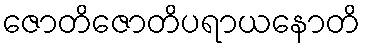
ဇောတိဇောတိပရာယနောတိ